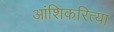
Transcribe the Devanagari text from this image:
आंशिकरित्या